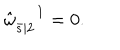
LaTeX: \hat { \omega } _ { \bar { s } | 2 } ^ { \phantom { \mu | A } 1 } = 0 .